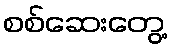
စစ်ဆေးတွေ့